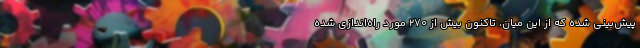
پیش‌بینی شده که از این میان، تاکنون بیش از 270 مورد راه‌اندازی شده